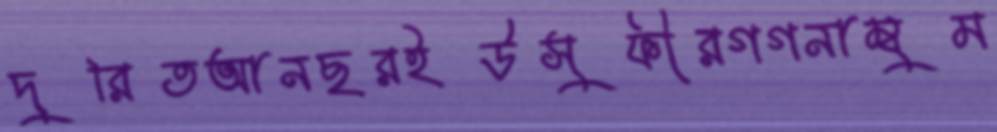
দুরিতআনছরইউসুফীরগগনাম্বুম